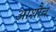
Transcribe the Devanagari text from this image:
आशौच